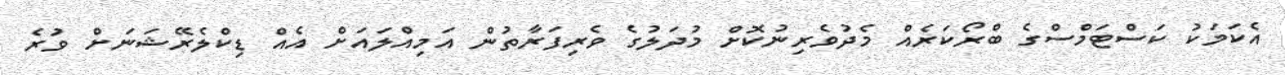
އެކަމަކު ކަސްޓަމްސްގެ ބްރޯކަރެއް މެދުވެރިނުކޮށް މުދަލުގެ ވެރިފަރާތުން އަމިއްލައަށް އެއް ޑިކްލެރޭޝަނަށް ވުރެ